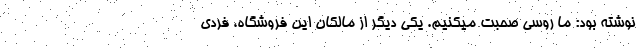
نوشته بود: ما روسی صحبت میکنیم. یکی دیگر از مالکان این فروشگاه، فردی